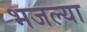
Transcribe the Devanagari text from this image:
भजल्या